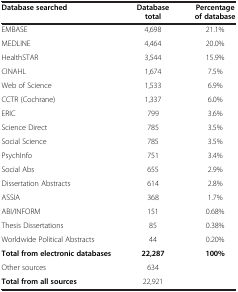
<table><thead><tr><td><b>Database searched</b></td><td><b>Database total</b></td><td><b>Percentage of database</b></td></tr></thead><tbody><tr><td>EMBASE</td><td>4,698</td><td>21.1%</td></tr><tr><td>MEDLINE</td><td>4,464</td><td>20.0%</td></tr><tr><td>HealthSTAR</td><td>3,544</td><td>15.9%</td></tr><tr><td>CINAHL</td><td>1,674</td><td>7.5%</td></tr><tr><td>Web of Science</td><td>1,533</td><td>6.9%</td></tr><tr><td>CCTR (Cochrane)</td><td>1,337</td><td>6.0%</td></tr><tr><td>ERIC</td><td>799</td><td>3.6%</td></tr><tr><td>Science Direct</td><td>785</td><td>3.5%</td></tr><tr><td>Social Science</td><td>785</td><td>3.5%</td></tr><tr><td>PsychInfo</td><td>751</td><td>3.4%</td></tr><tr><td>Social Abs</td><td>655</td><td>2.9%</td></tr><tr><td>Dissertation Abstracts</td><td>614</td><td>2.8%</td></tr><tr><td>ASSIA</td><td>368</td><td>1.7%</td></tr><tr><td>ABI/INFORM</td><td>151</td><td>0.68%</td></tr><tr><td>Thesis Dissertations</td><td>85</td><td>0.38%</td></tr><tr><td>Worldwide Political Abstracts</td><td>44</td><td>0.20%</td></tr><tr><td><b>Total from electronic databases</b></td><td><b>22,287</b></td><td><b>100%</b></td></tr><tr><td>Other sources</td><td>634</td><td> </td></tr><tr><td><b>Total from all sources</b></td><td>22,921</td><td> </td></tr></tbody></table>